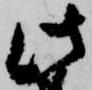
此